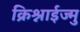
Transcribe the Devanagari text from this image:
क्रिश्नाईज्मु